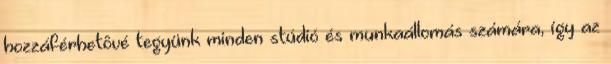
hozzáférhetôvé tegyünk minden stúdió és munkaállomás számára, így az